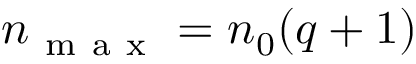
n _ { \mathrm { ~ m ~ a ~ x ~ } } = n _ { 0 } ( q + 1 )